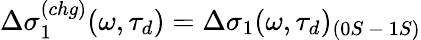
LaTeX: \Delta\sigma_{1}^{(chg)}(\omega,\tau_{d})=\Delta\sigma_{1}(\omega,\tau_{d})_{(0S\mathrm{~-~}1S)}